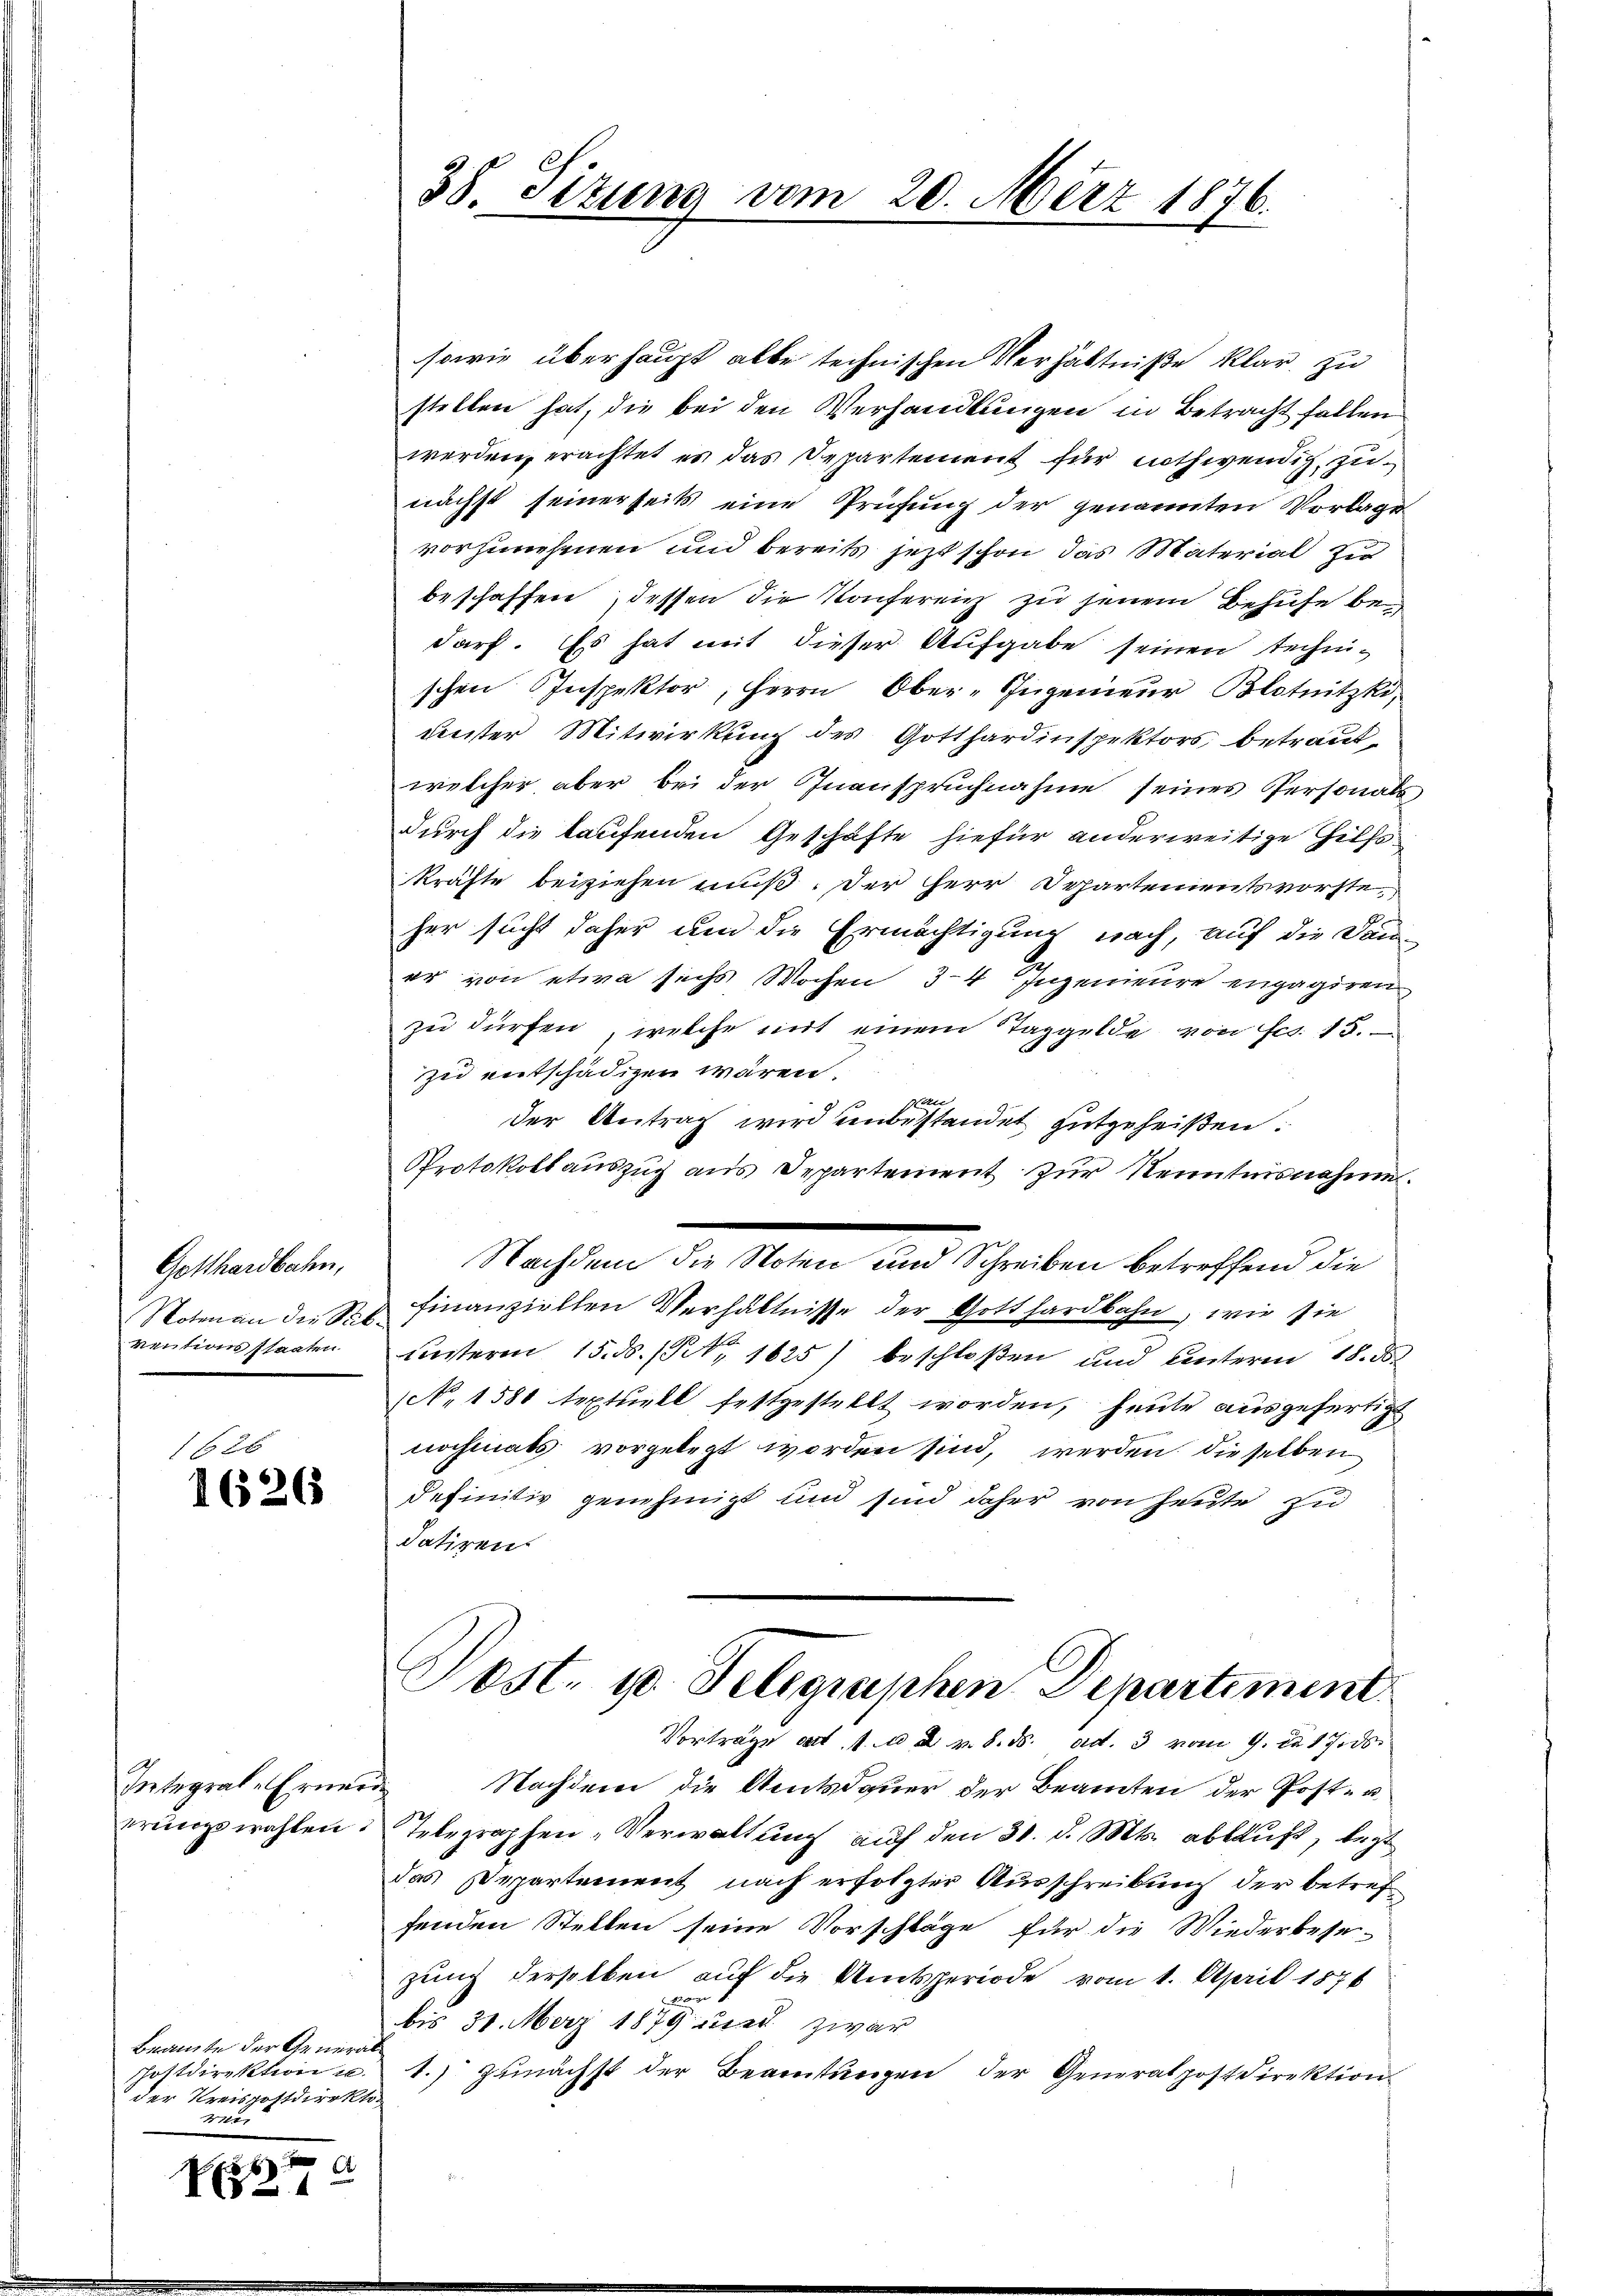
Gotthardbahn,
Noten an die Si
ventionsstaaten
e

1626
1626

Integral-Erneu

Beamte der Generalder Kreispostdirekt
21

N

A

38. Situng vom 20. März 1876.

sowie überhaupt alle technischen Verhältniße klar, zu
stellen hat, die bei den Verhandlungen in Betracht fallen
werden, erachtet es das Departement für nothwendig zu
nächst seinerseits eine Prüfung der genannten Vorlage
vorzunehenen und bereits jetzt schon das Material zu
beschaffen, dessen die Konferein zu jenem Behufe bedarf. Es hat mit dieser Aufgabe seinen technischen Inspektor, Herrn Ober-Ingenieur, Blotnitzki,
beeister Mitwirkung des Gotthardinspektors betrautwelcher aber bei der Inanspruchnahme seines Personals
durch die kaufenden Geschäfte hiefür anderweitige Hilfskräfte beiziehen muß. Der Herr Departementsvorsteher sucht daher um die Ermächtigung nach, auf die Dan
er von etwa sechs Wochen 3-4 Ingenieure engagiren
zŭ dürfen, welche mit einem Taggelde von Fco. 15.
zu entschädigen wären.
Galle
der Antrag wird einbestandet gutgeheißen.
Protokoll aŭszŭg aŭs Departement zŭr Nenntnisnahme.
Nachsend der Wesen und Schreiben betreffend die
u finanziellen Verhältnisse der Gotthardbahn, wie sie
unterm 15. ds. (N. 1625) beschloßen und unterm 18. ds.
NNo 1581 textuell festgestellt worden, heute ausgefertigt
nochmals vorgelegt worden sind, werden dieselben
definitiv genehmigt und sind daher von heute zu
datiren.

Post. 10. Telegraphen Departement
Vorträge cat. 1 u 2 v. 8. ds. ad. 3 vom 9. d. 17. ds.

.
Nachdem die Amtsdauer der Beamten der Post- u.
erŭngswahlen. Telegraphen-Verwaltung auf den 31. d. Mts. abkauft, legt
das Departement nach erfolgter Ausschreibung der betref
fenden Stellen seine Vorschläge für die Wiederbese-
zung derselben auf die Amtsperiode vom 1. April 1876

bis 31. März 1879 und zwar
Postdirektion u. 1.) zunächst der Beamtŭngen der Generalpostdirektion